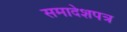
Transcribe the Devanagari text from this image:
समादेशपत्र